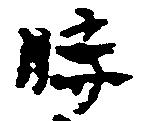
時